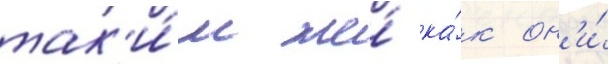
так'и́м же́ ка́к он'и́